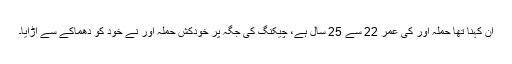
ان کہنا تھا حملہ آور کی عمر 22 سے 25 سال ہے، چیکنگ کی جگہ پر خودکش حملہ آور نے خود کو دھماکے سے اُڑایا۔